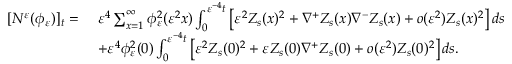
\begin{array} { r l } { [ N ^ { \varepsilon } ( \phi _ { \varepsilon } ) ] _ { t } = \; } & { \varepsilon ^ { 4 } \sum _ { x = 1 } ^ { \infty } \phi _ { \varepsilon } ^ { 2 } ( \varepsilon ^ { 2 } x ) \int _ { 0 } ^ { \varepsilon ^ { - 4 } t } \left[ \varepsilon ^ { 2 } Z _ { s } ( x ) ^ { 2 } + \nabla ^ { + } Z _ { s } ( x ) \nabla ^ { - } Z _ { s } ( x ) + o ( \varepsilon ^ { 2 } ) Z _ { s } ( x ) ^ { 2 } \right] d s } \\ & { + \varepsilon ^ { 4 } \phi _ { \varepsilon } ^ { 2 } ( 0 ) \int _ { 0 } ^ { \varepsilon ^ { - 4 } t } \left[ \varepsilon ^ { 2 } Z _ { s } ( 0 ) ^ { 2 } + \varepsilon Z _ { s } ( 0 ) \nabla ^ { + } Z _ { s } ( 0 ) + o ( \varepsilon ^ { 2 } ) Z _ { s } ( 0 ) ^ { 2 } \right] d s . } \end{array}